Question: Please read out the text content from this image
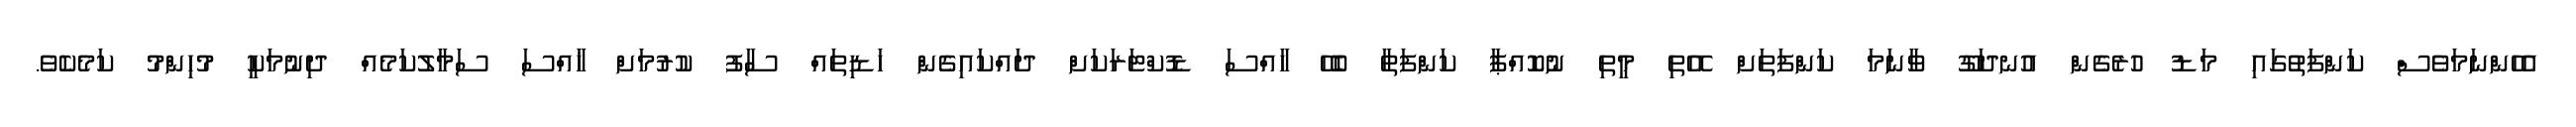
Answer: އެހެންނަމަވެސް ކަންފަތުގައި މަޑު ހުރެގެން އުނދަގޫ ވާނަމަ ކަންފަތަށް އޭތި މީތި ނުކޮއްޕާ ކަންފަތާ ބެހޭ ހާއްސަ ޑޮކްޓަރަކަށް ދައްކައިގެން ހަޑިތައް ސާފު ކުރުމަށް ޚާއްސަ ސަމާލުކަމެއް ދިނުމަކީ މުހިންމު ކަމެކެވެ.